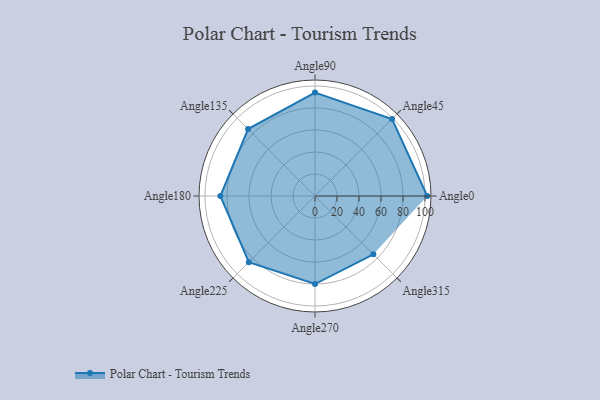
{"axis": {"x": "Angle", "y": "Radius"}, "legend": [""], "data": [{"x": "Angle0", "y": 102.0, "type": ""}, {"x": "Angle45", "y": 99.0, "type": ""}, {"x": "Angle90", "y": 94.0, "type": ""}, {"x": "Angle135", "y": 86.0, "type": ""}, {"x": "Angle180", "y": 86.0, "type": ""}, {"x": "Angle225", "y": 85.0, "type": ""}, {"x": "Angle270", "y": 80.0, "type": ""}, {"x": "Angle315", "y": 75.0, "type": ""}]}